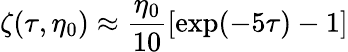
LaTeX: \zeta(\tau,\eta_{0})\approx\frac{\eta_{0}}{10}[\exp(-5\tau)-1]